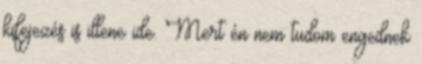
kifejezés is illene ide. Mert én nem tudom engednek